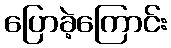
ပြောခဲ့ကြောင်း